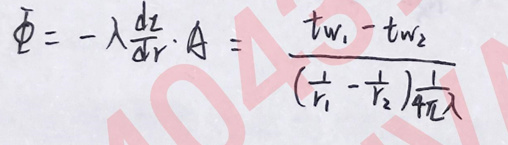
\[
\varPhi = -\lambda\frac{dz}{dr}\cdot A=\frac{t_{w_1}-t_{w_2}}{(\frac{1}{r_1}-\frac{1}{r_2})\frac{1}{4\pi\lambda}}
\]